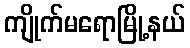
ကျိုက်မရောမြို့နယ်